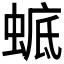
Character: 𧍉